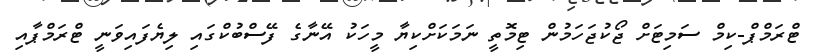
ޓްރަމްޕް-ކިމް ސަމިޓަށް ޖޯކުޖަހަމުން ޓިމޮތީ ނަމަކަށްކިޔާ މީހަކު އޭނާގެ ފޭސްބުކްގައި ލިޔެފައިވަނީ ޓްރަމްޕާއި